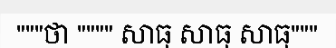
"""ថា """" សាធុ សាធុ សាធុ"""